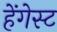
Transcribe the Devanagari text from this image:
हेंगेस्ट